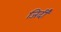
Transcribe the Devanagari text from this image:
जिर्दी